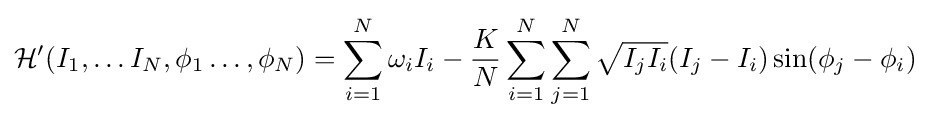
{\mathcal {H'}}(I_{1},\ldots I_{N},\phi _{1}\ldots ,\phi _{N})=\sum _{i=1}^{N}\omega _{i}I_{i}-{\frac {K}{N}}\sum _{i=1}^{N}\sum _{j=1}^{N}{\sqrt {I_{j}I_{i}}}(I_{j}-I_{i})\sin(\phi _{j}-\phi _{i})